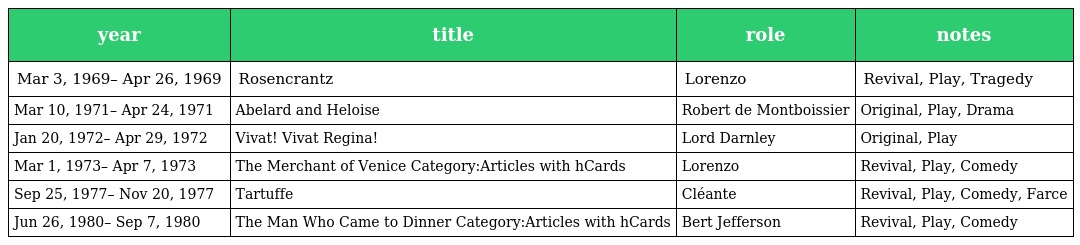
| year | title | role | notes |
 | --- | --- | --- | --- |
 | Mar 3, 1969– Apr 26, 1969 | Rosencrantz | Lorenzo | Revival, Play, Tragedy |
 | Mar 10, 1971– Apr 24, 1971 | Abelard and Heloise | Robert de Montboissier | Original, Play, Drama |
 | Jan 20, 1972– Apr 29, 1972 | Vivat! Vivat Regina! | Lord Darnley | Original, Play |
 | Mar 1, 1973– Apr 7, 1973 | The Merchant of Venice Category:Articles with hCards | Lorenzo | Revival, Play, Comedy |
 | Sep 25, 1977– Nov 20, 1977 | Tartuffe | Cléante | Revival, Play, Comedy, Farce |
 | Jun 26, 1980– Sep 7, 1980 | The Man Who Came to Dinner Category:Articles with hCards | Bert Jefferson | Revival, Play, Comedy |